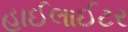
હાઈલાઈટર